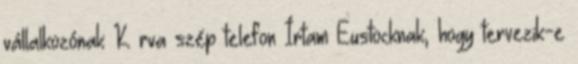
vállalkozónak K rva szép telefon Írtam Eustocknak, hogy tervezik-e